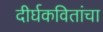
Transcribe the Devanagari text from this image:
दीर्घकवितांचा